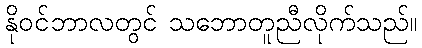
နိုဝင်ဘာလတွင် သဘောတူညီလိုက်သည်။